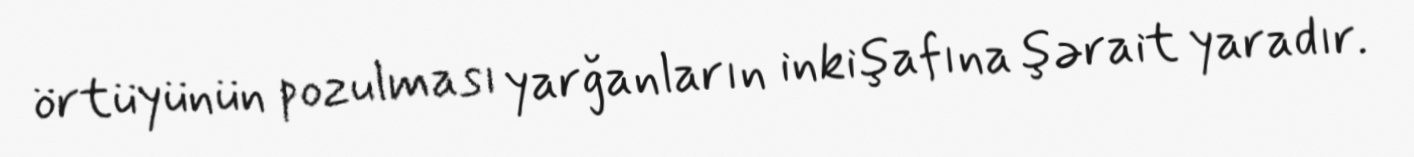
örtüyünün pozulması yarğanların inkişafına şərait yaradır.